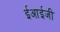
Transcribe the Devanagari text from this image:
ईआईजी